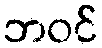
ဘဝင်